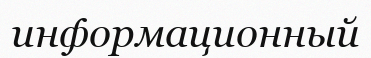
информационный